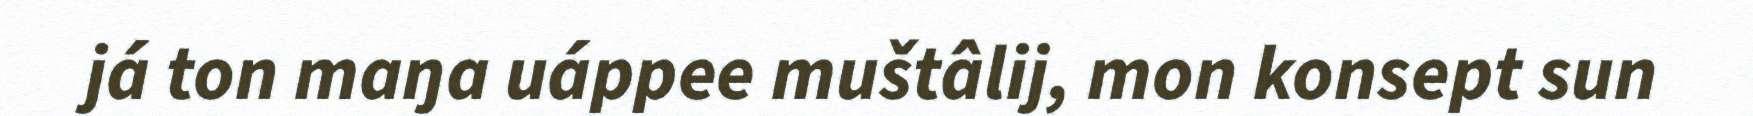
já ton maŋa uáppee muštâlij, mon konsept sun